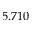
5 . 7 1 0